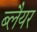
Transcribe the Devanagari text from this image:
ब्लैयर